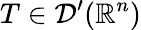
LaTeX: T\in{\mathcal{D}}^{\prime}(\mathbb{R}^{n})